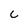
Character: C